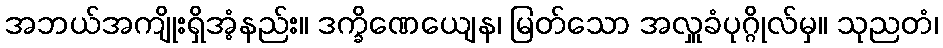
အဘယ်အကျိုးရှိအံ့နည်း။ ဒက္ခိဏေယျေန၊ မြတ်သော အလှူခံပုဂ္ဂိုလ်မှ။ သုညတံ၊